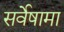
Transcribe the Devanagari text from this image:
सर्वेषामा